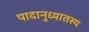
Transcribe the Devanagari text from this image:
पादानुध्यातस्य